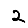
Digit: 2